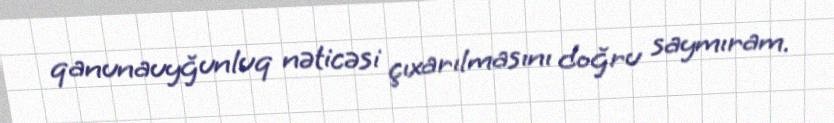
qanunauyğunluq nəticəsi çıxarılmasını doğru saymıram.